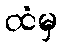
ထံမှ